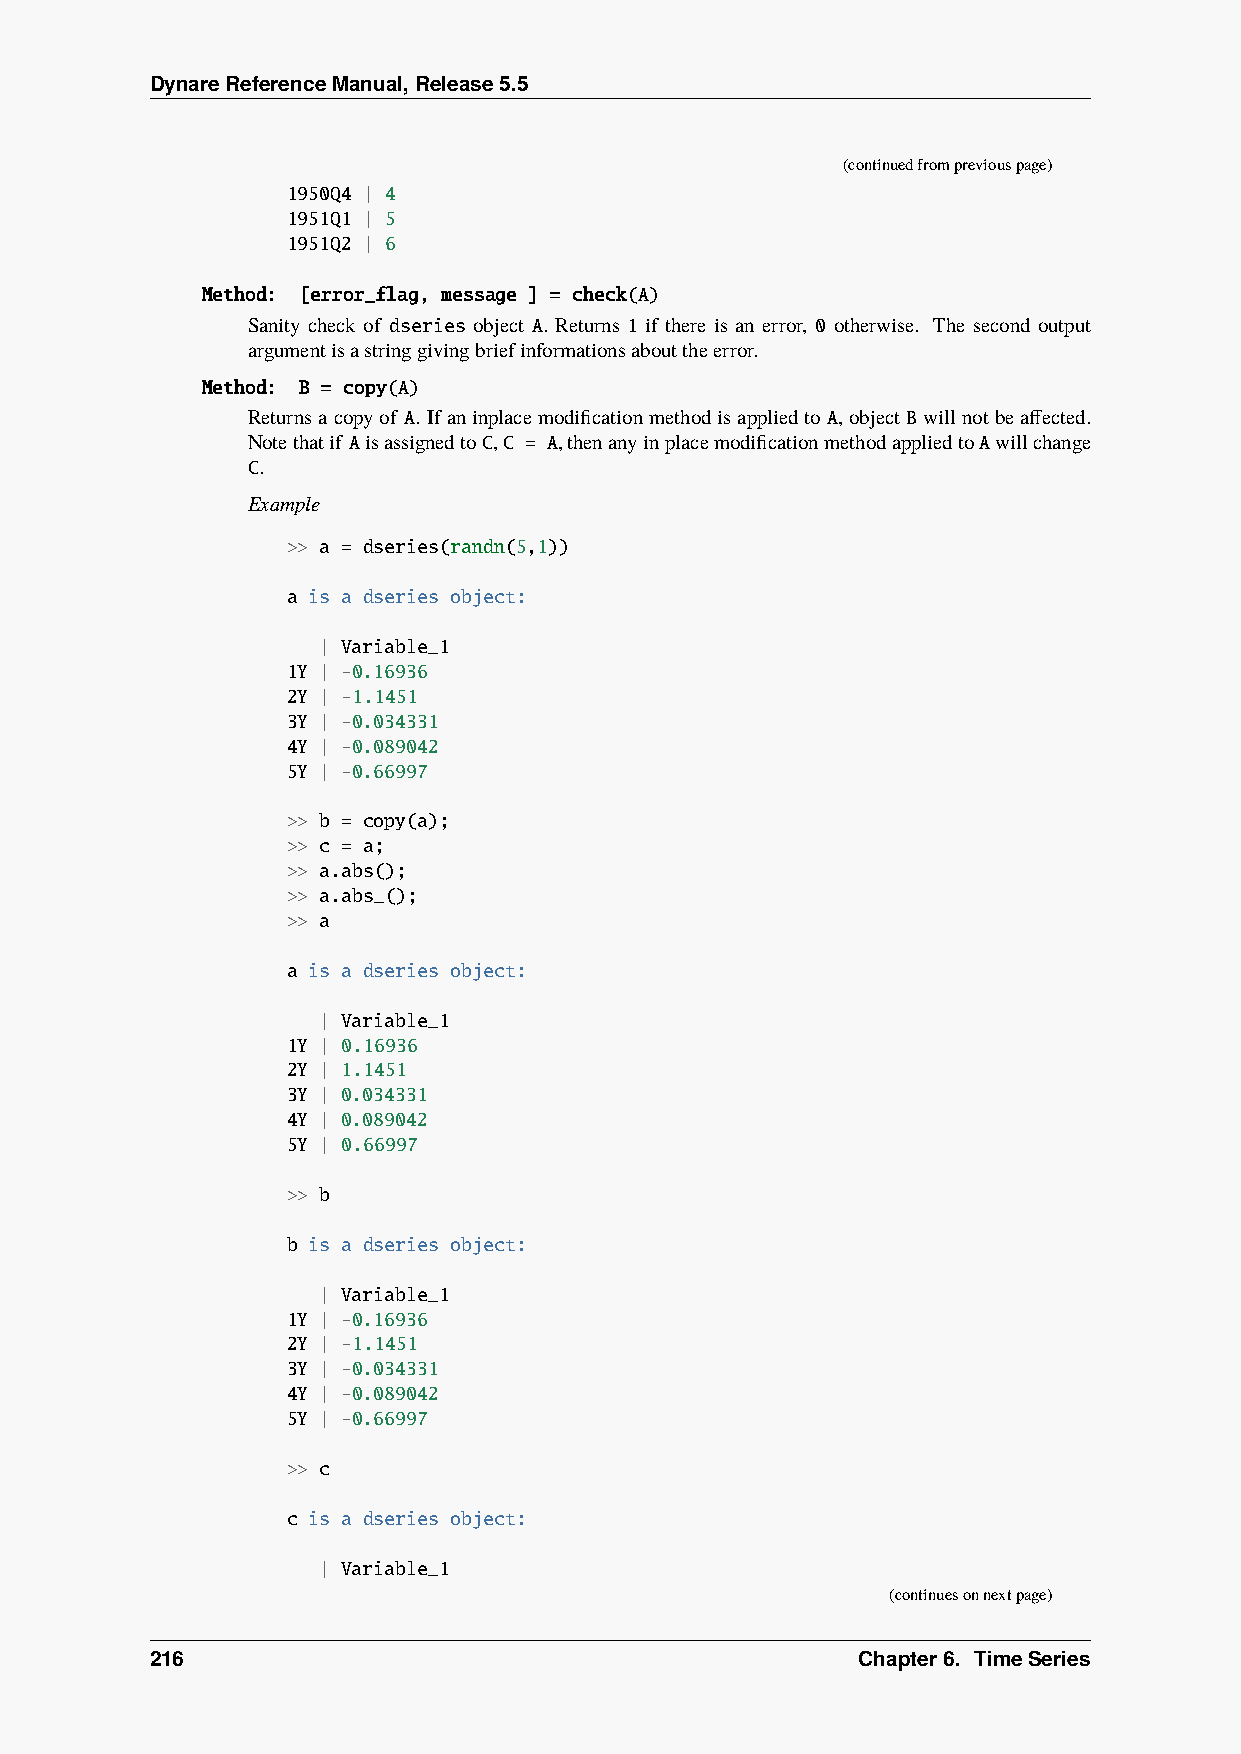
DynareReferenceManual,Release5.5
 (continuedfrompreviouspage)
 1950Q4 | 4
 1951Q1 | 5
 1951Q2 | 6
 Method: [error_flag, message ] = check(A)
 Sanity check of dseries object A. Returns 1 if there is an error, 0 otherwise. The second output
 argumentisastringgivingbriefinformationsabouttheerror.
 Method: B = copy(A)
 Returnsacopyof A.IfaninplacemodificationmethodisappliedtoA,object Bwillnotbeaffected.
 Notethatif AisassignedtoC,C = A,thenanyinplacemodificationmethodappliedtoAwillchange
 C.
 Example
 >> a = dseries(randn(5,1))
 a is a dseries object:
 | Variable_1
 1Y | -0.16936
 2Y | -1.1451
 3Y | -0.034331
 4Y | -0.089042
 5Y | -0.66997
 >> b = copy(a);
 >> c = a;
 >> a.abs();
 >> a.abs_();
 >> a
 a is a dseries object:
 | Variable_1
 1Y | 0.16936
 2Y | 1.1451
 3Y | 0.034331
 4Y | 0.089042
 5Y | 0.66997
 >> b
 b is a dseries object:
 | Variable_1
 1Y | -0.16936
 2Y | -1.1451
 3Y | -0.034331
 4Y | -0.089042
 5Y | -0.66997
 >> c
 c is a dseries object:
 | Variable_1
 (continuesonnextpage)
 216                                            Chapter6. TimeSeries